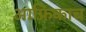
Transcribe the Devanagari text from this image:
आफ्रिकाच